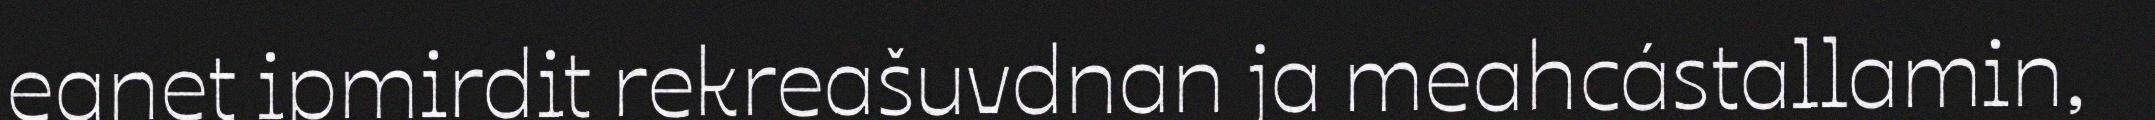
eanet ipmirdit rekreašuvdnan ja meahcástallamin,